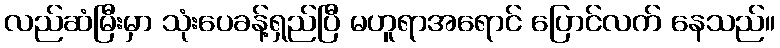
လည်ဆံမြီးမှာ သုံးပေခန့်ရှည်ပြီ မဟူရာအရောင် ပြောင်လက် နေသည်။